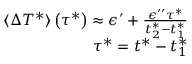
\begin{array} { r } { \langle \Delta T ^ { * } \rangle \left( \tau ^ { * } \right) \approx \epsilon ^ { \prime } + \frac { \epsilon ^ { \prime \prime } \tau ^ { * } } { t _ { 2 } ^ { * } - t _ { 1 } ^ { * } } } \\ { \tau ^ { * } = t ^ { * } - t _ { 1 } ^ { * } } \end{array}